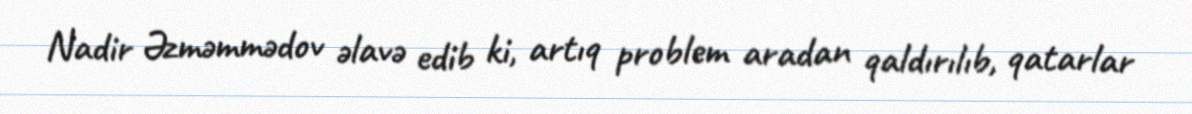
Nadir Əzməmmədov əlavə edib ki, artıq problem aradan qaldırılıb, qatarlar